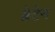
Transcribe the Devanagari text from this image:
ब्रेटेन